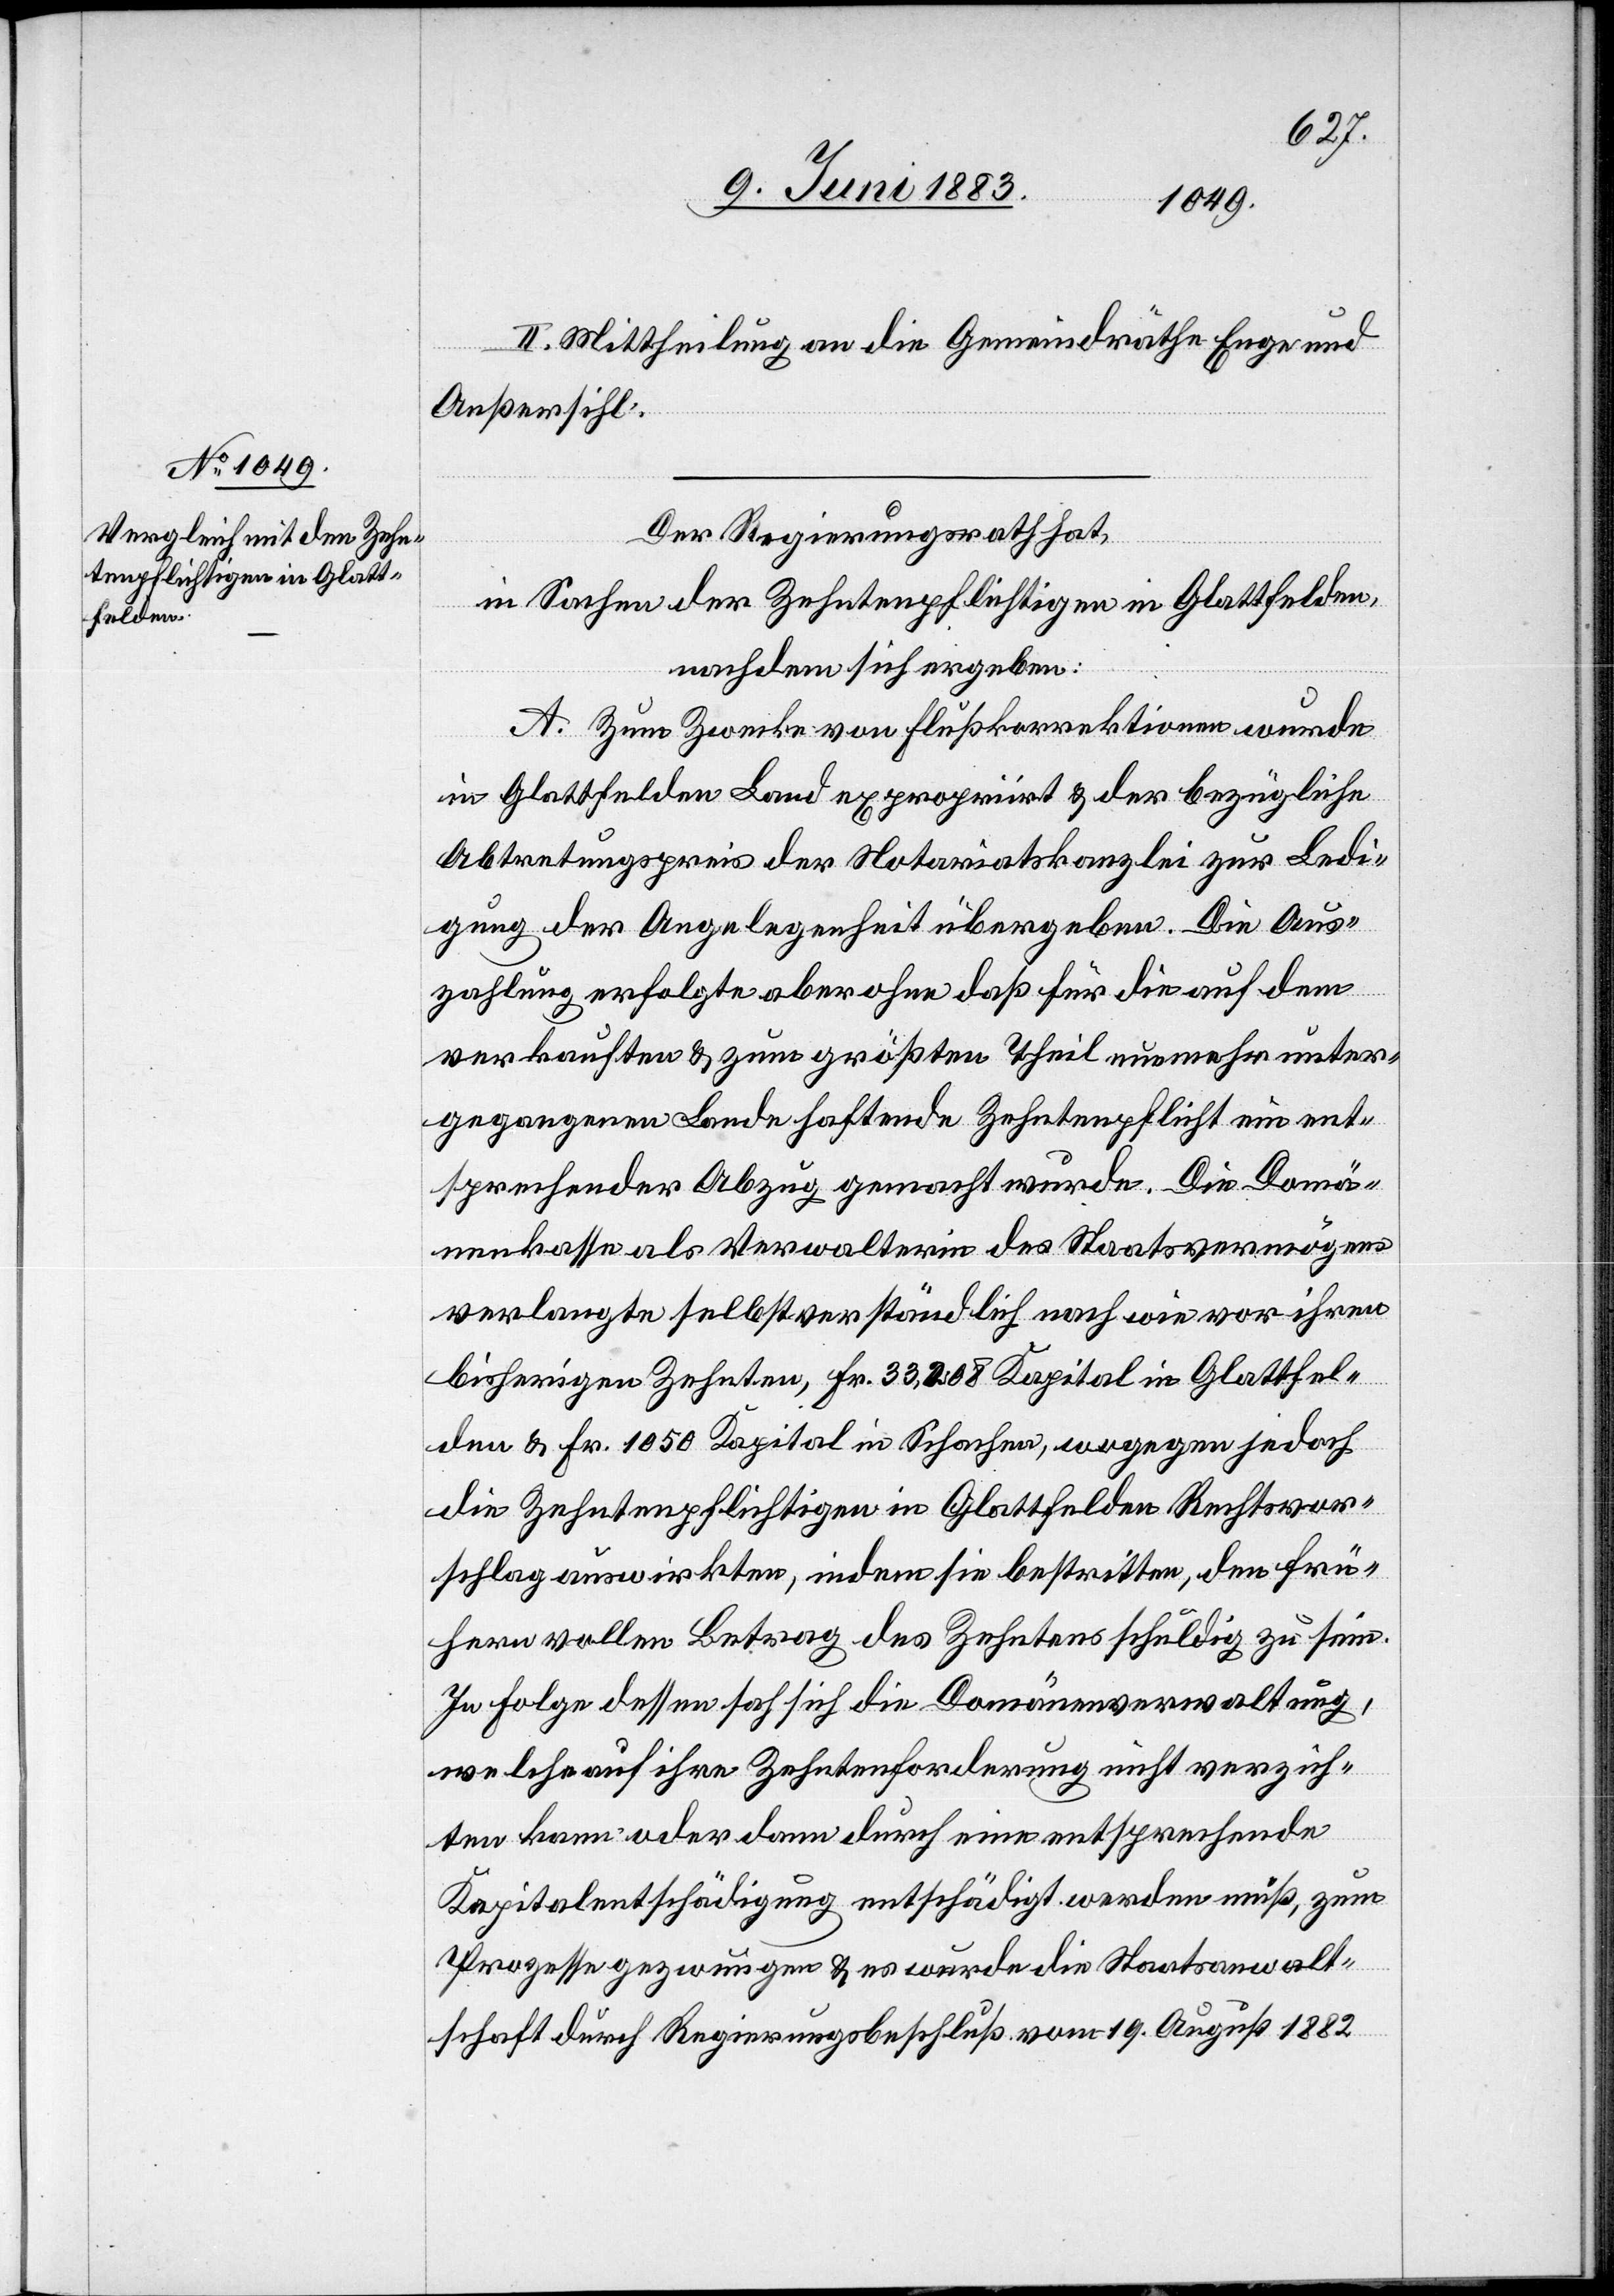
II. Mittheilung an die Gemeindräthe Enge und
Außersihl.
Der Regierungsrath hat,
in Sachen der Zehntenpflichtigen in Glattfelden,
nachdem sich ergeben:
A. Zum Zwecke von Flußkorrektionen wurde
in Glattfelden Land expropriirt & der bezügliche
Abtretungspreis der Notariatskanzlei zur Ledi¬
gung der Angelegenheit übergeben. Die Aus¬
zahlung erfolgte aber ohne daß für die auf dem
verkauften & zum größten Theil nunmehr unter¬
gegangenen Lande haftende Zehntenpflicht ein ent¬
sprechender Abzug gemacht wurde. Die Domä¬
nenkasse als Verwalterin des Staatsvermögens
verlangte selbstverständlich nach wie vor ihren
bisherigen Zehnten, Fr. 33,408 Kapital in Glattfel¬
den & Fr. 1050 Kapital in Schachen, wogegen jedoch
die Zehntenpflichtigen in Glattfelden Rechtsvor¬
schlag auswirkten, indem sie bestritten, den frü¬
hern vollen Betrag des Zehntens schuldig zu sein.
In Folge dessen sah sich die Domänenverwaltung,
welche auf ihre Zehntenforderung nicht verzich¬
ten kann oder dann durch eine entsprechende
Kapitalentschädigung entschädigt werden muß, zum
Prozesse gezwungen & es wurde die Staatsanwalt¬
schaft durch Regierungsbeschluß vom 19. August 1882